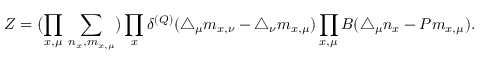
Z = \bigl ( \prod _ { x , \mu } \, \sum _ { n _ { x } , m _ { x , \mu } } \bigr ) \prod _ { x } \delta ^ { ( Q ) } ( \triangle _ { \mu } m _ { x , \nu } - \triangle _ { \nu } m _ { x , \mu } ) \prod _ { x , \mu } B ( \triangle _ { \mu } n _ { x } - P m _ { x , \mu } ) .